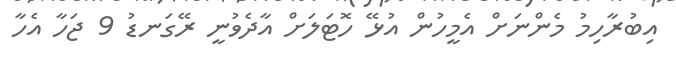
އިބުރާހިމު މެންނަށް އެމީހުން އުޅޭ ހޮޓަލަށް އާދެވުނީ ރޭގަނޑު 9 ޖަހާ އެހާ